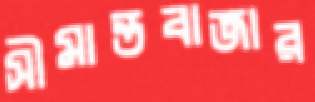
সীমান্তবাজার